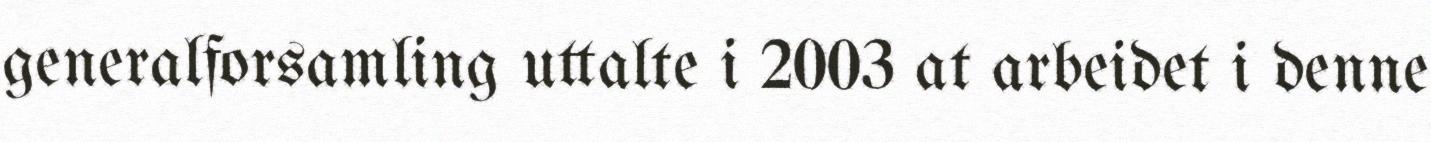
generalforsamling uttalte i 2003 at arbeidet i denne